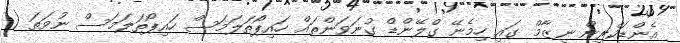
އެންޑަކްރިން ނިޒާމް ގައި ހިމެނޭ ގްލޭންޑް ގުނަވަންތައް ހައިޕޯތަލަމަސް ހައިޕޯތަލަމަސް ނުވަތަ (